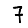
Digit: 7